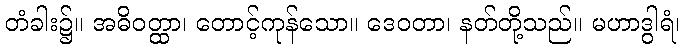
တံခါး၌။ အဓိဝတ္ထာ၊ တောင့်ကုန်သော။ ဒေဝတာ၊ နတ်တို့သည်။ မဟာဒွါရံ၊